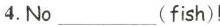
4.No ___(fish)!